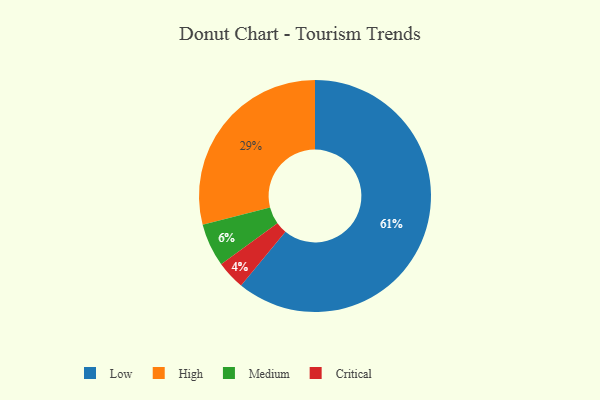
{"axis": {"x": "Category", "y": "Percentage"}, "legend": ["Critical", "High", "Low", "Medium"], "data": [{"x": "Critical", "y": 4, "type": "Critical"}, {"x": "Low", "y": 61, "type": "Low"}, {"x": "High", "y": 29, "type": "High"}, {"x": "Medium", "y": 6, "type": "Medium"}]}